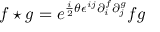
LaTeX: f \star g = e ^ { { \frac { i } { 2 } } \theta \epsilon ^ { i j } \partial _ { i } ^ { f } \partial _ { j } ^ { g } } f g